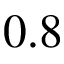
0 . 8